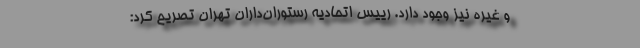
و غیره نیز وجود دارد. رییس اتحادیه رستوران‌داران تهران تصریح کرد: